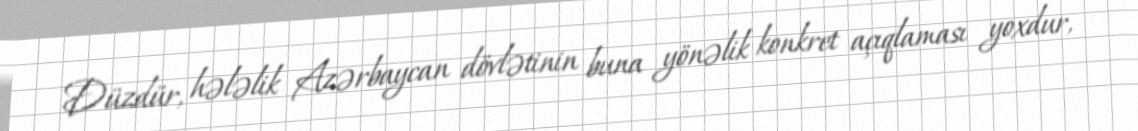
Düzdür, hələlik Azərbaycan dövlətinin buna yönəlik konkret açıqlaması yoxdur,